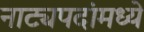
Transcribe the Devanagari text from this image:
नाट्यपदांमध्ये